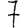
Digit: 7